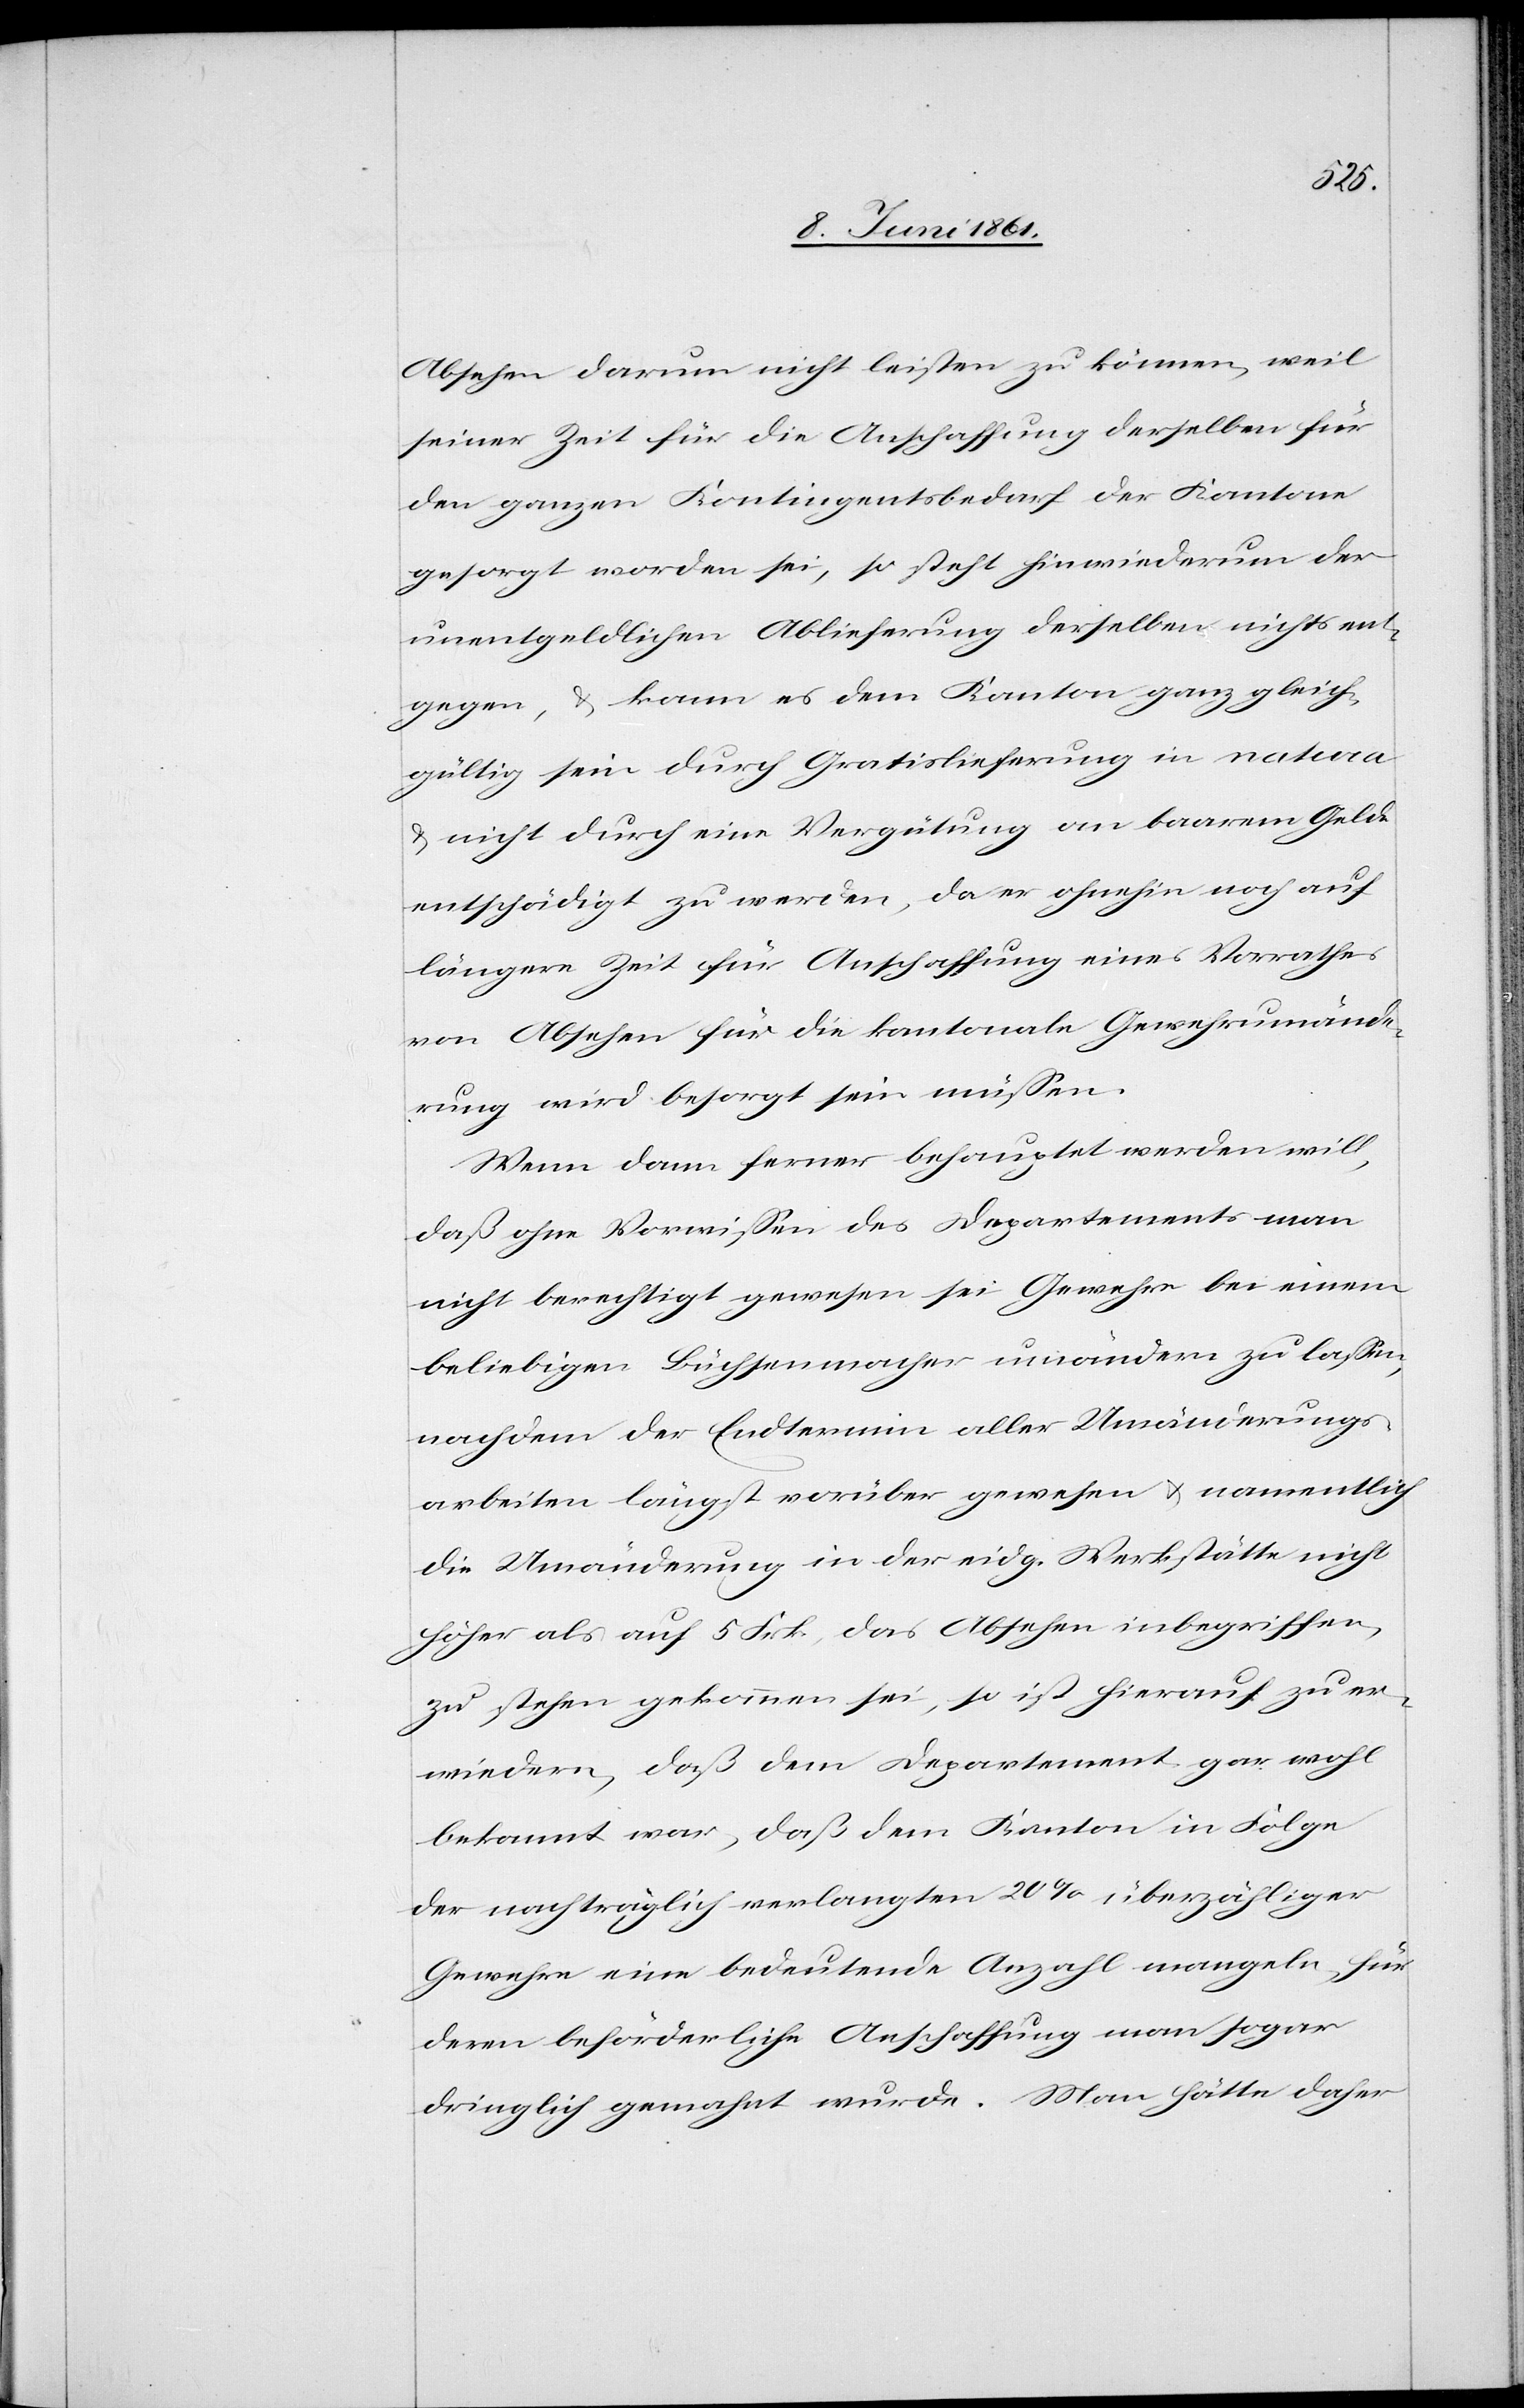
Absehen darum nicht leisten zu können, weil
seiner Zeit für die Anschaffung derselben für
den ganzen Kontingentsbedarf der Kantone
gesorgt worden sei, so steht hinwiederum der
unentgeldlichen Ablieferung derselben nichts ent¬
gegen, u. kann es dem Kanton ganz gleich¬
gültig sein durch eine Verfügung an baarem
entschädigt zu werden, da er ohnehin noch auf
längere Zeit für Anschaffung eines Vorrathes
vom Absehen für die kantonale Gewehrumände¬
rung wird besorgt sein müssen.
Wenn dann ferner behauptet werden will,
daß ohne Vorwissen des Departements man
nicht berechtigt gewesen sei Gewehre bei einem
beliebigen Büchsenmacher umändern zu lassen,
nachdem der Endtermin aller Umänderungs¬
arbeiten längst vorüber gewesen u. namentlich
die Umänderung in der eidg. Werkstätte nicht
höher als auf 5 Frk. das Absehen inbegriffen,
zu stehen gekommen sei, so ist hierauf zu er¬
wiedern, daß dem Departement gar wohl
bekannt war, daß dem Kanton in Folge
der nachträglich verlangten 20% überzähliger
Gewehre eine bedeutende Anzahl mangeln, für
deren beförderliche Anschaffung man sogar
dringlich gemahnt wurde. Man hätte daher